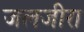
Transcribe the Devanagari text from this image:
जलजीरा